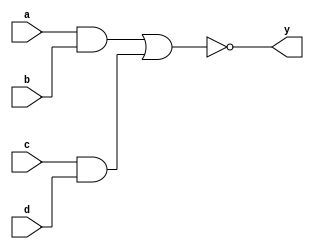
module aoi_primitive(a, b, c, d, y);
    input a, b, c, d;
    output y;

    wire connect1, connect2, connect3;

    and #(3) and0(connect1, a, b);
    and #(3) and1(connect2, c, d);
    or  #(3) or0(connect3, connect1, connect2);
    not #(3) not0(y, connect3);
endmodule